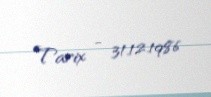
Tarix - 31.12.1986